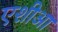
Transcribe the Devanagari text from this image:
एशीआ